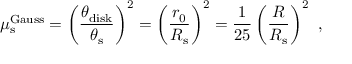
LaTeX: \mu _ { \mathrm { s } } ^ { \mathrm { G a u s s } } = \left( \frac { \theta _ { \mathrm { d i s k } } } { \theta _ { \mathrm { s } } } \right) ^ { 2 } = \left( \frac { r _ { 0 } } { R _ { \mathrm { s } } } \right) ^ { 2 } = \frac { 1 } { 2 5 } \left( \frac { R } { R _ { \mathrm { s } } } \right) ^ { 2 } \ ,